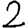
Digit: 2